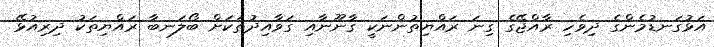
އަޅުގަނޑުމެންގެ ދިވެހި ރާއްޖޭގެ ގިނަ ރައްޔިތުންނަކީ ގާނޫނާއި ގަވާއިދުތަކަށް ބޯލަނބާ ރައްޔިތަކު ދިރިއުޅޭ